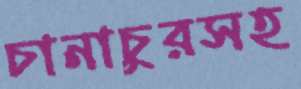
চানাচুরসহ